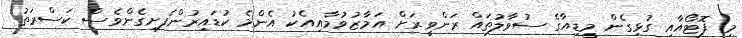
މި ފޮޓޯއާއި ގުޅިގެން މީޑިއާގެ ސުވާލުތައް ރަންވީރަށް އަމާޒުވުމާއިއެކު އެންމެ ކުޑައިރުންފެށިގެންވެސް ކަސްރަތު